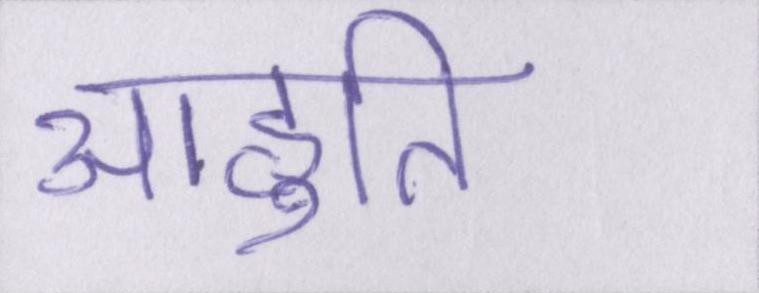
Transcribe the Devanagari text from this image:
आहुति